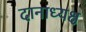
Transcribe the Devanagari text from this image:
दानाध्यक्ष